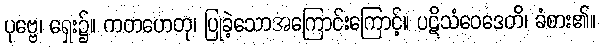
ပုဗ္ဗေ၊ ရှေး၌။ ကတဟေတု၊ ပြုခဲ့သောအကြောင်းကြောင့်။ ပဋိသံဝေဒေတိ၊ ခံစား၏။